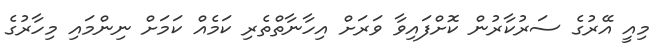
މިއީ އޭރުގެ ސަރުކާރުން ކޮށްފައިވާ ވަރަށް އިހާނާތްތެރި ކަމެއް ކަމަށް ނިންމައި މިހާރުގެ